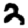
Digit: 2